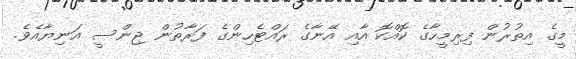
މީގެ އިތުރުން ފިރިމީހާގެ ކޮއްކޮ އާއި އޭނާގެ ރައްޓެހިންގެ ފަރާތުން ޖިންސީ އަނިޔާއެވެ.